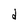
Character: d